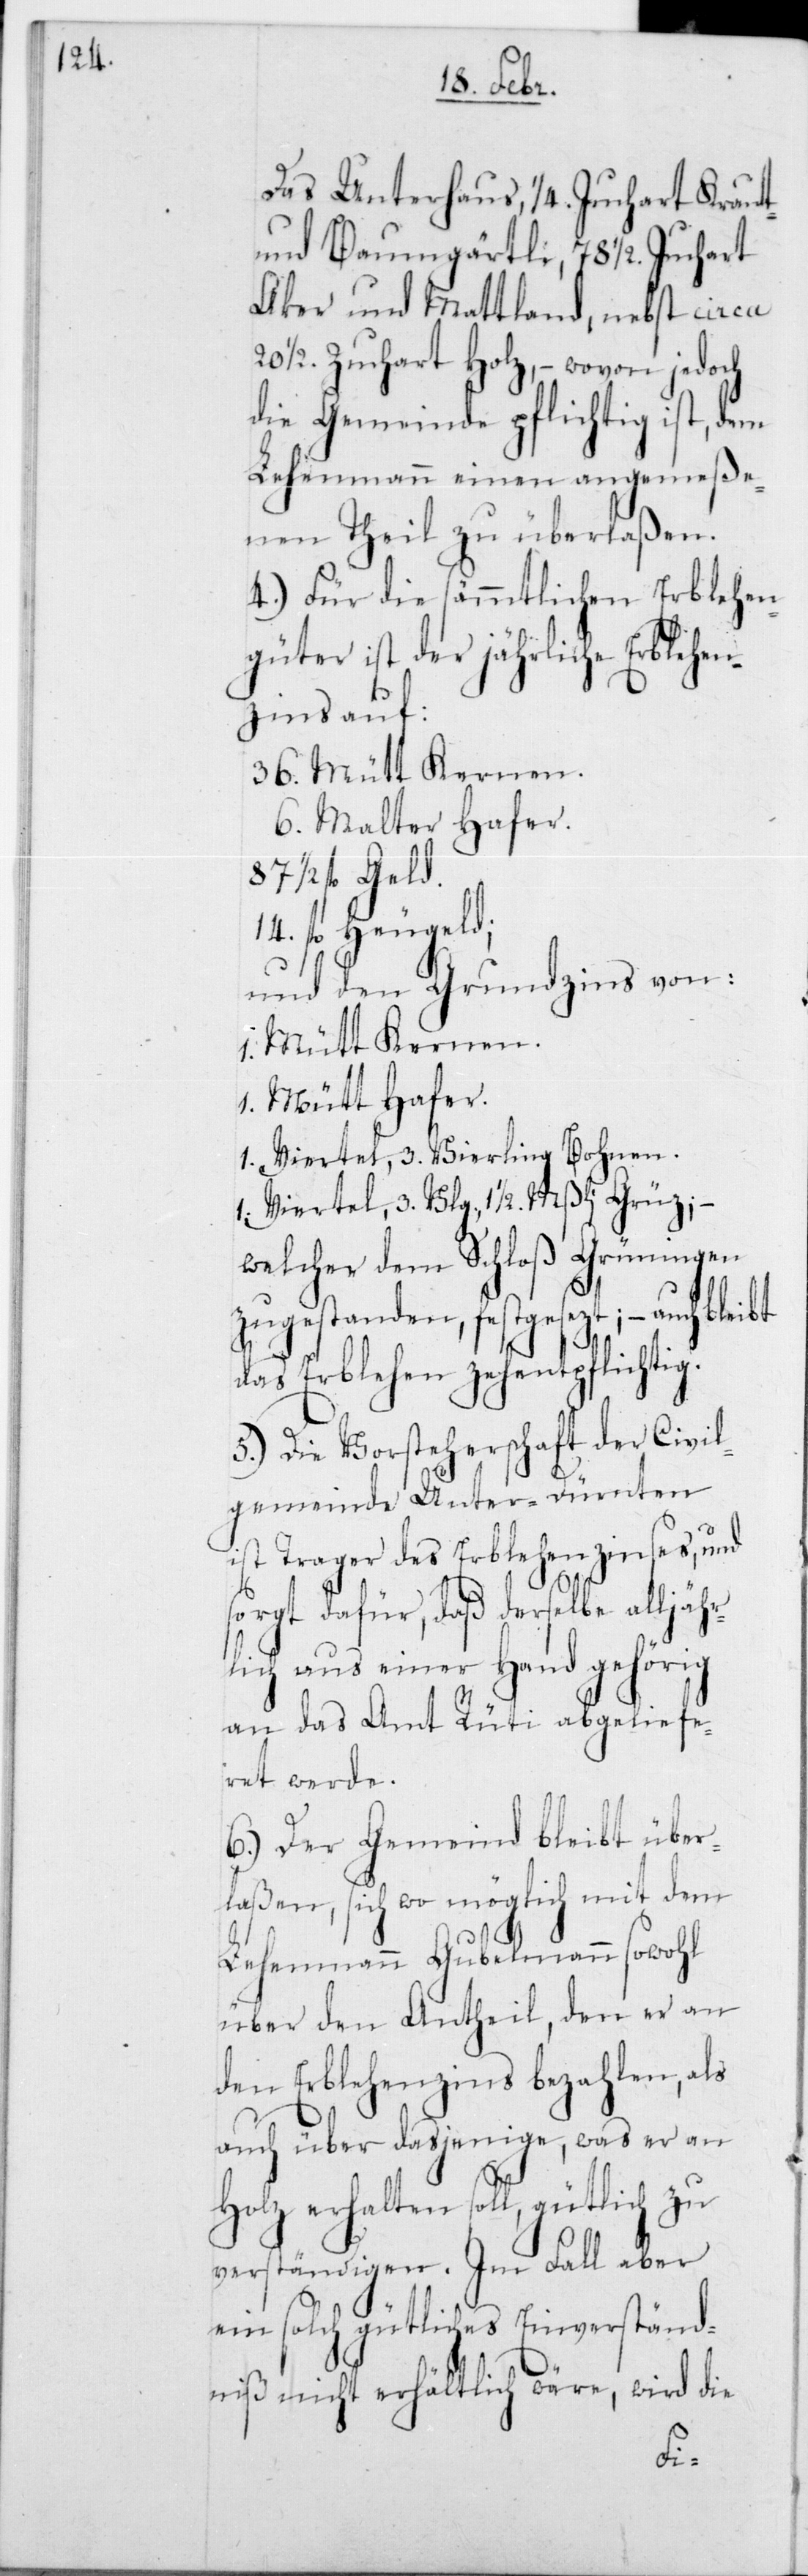
das Unterhaus, 1/4 Juchart Kraut-
und Baumgärtli, 78 1/2 Juchart
[-] und Mattland, nebst circa
20 1/2 Juchart Holz, – wovon jedoch
die Gemeinde pflichtig ist, dem
Lehenmann einen angemeße¬
nen Theil zu überlaßen.
4.) Für die sämmtlichen Erblehen¬
güter ist der jährliche Erblehen¬
zins auf
36 Mütt Kernen.
6 Malter Hafer.
1/2 fl. Geld.
14 fl. Heugeld;
und den Grundzins von:
1 Mütt Kernen.
1 Mütt Hafer.
1 Viertel , 3 Vlg. Bohnen.
1 Viertel, 3 Vlg, 1 1/2 Mßli Grüz, –
welcher dem Schloß Grüningen
zugestanden, festgesezt; – auch bleibt
das Erblehen zehentpflichtig.
5.) Die Vorsteherschaft der Civil¬
gemeinde Unter-Dürnten
ist Trager des Erblehenzinses, und
sorgt dafür, daß derselbe alljähr¬
lich aus einer Hand gehörig
an das Amt Rüti abgeliefe¬
ret werde.
6.) Der Gemeind bleibt über¬
laßen, sich wo möglich mit dem
Lehenmann Gubelmann sowohl
über den Antheil, den er an
den Erblehenzins bezahlen, als
auch über dasjenige, was er an
Holz erhalten soll, gütlich zu
verständigen. Im Fall aber
ein solche gütliches Einverständ¬
niß nicht erhältlich wäre, wird die